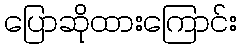
ပြောဆိုထားကြောင်း